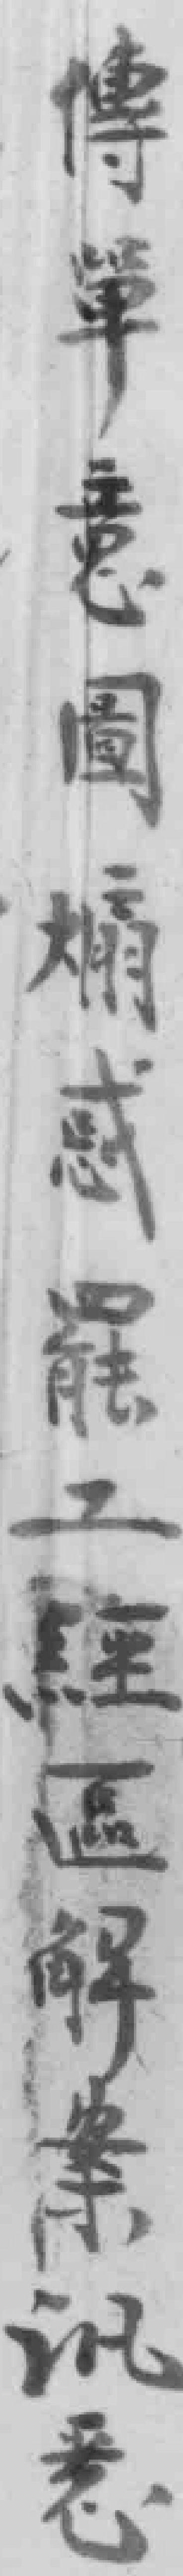
博單意圖煽惑罷工經區解案讯悉